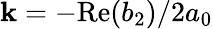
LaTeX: \mathbf{k}=-\mathrm{{Re}}(b_{2})/2a_{0}